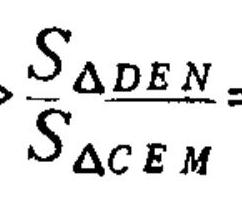
$\frac{S_{\triangle DEN}}{S_{\triangle CEM}}$